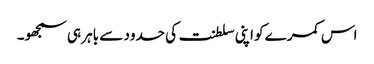
اس کمرے کو اپنی سلطنت کی حدود سے باہر ہی سمجھو۔